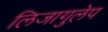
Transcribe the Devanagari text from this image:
लिजागुलेप